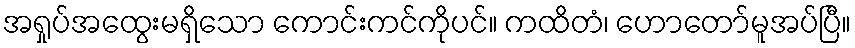
အရှုပ်အထွေးမရှိသော ကောင်းကင်ကိုပင်။ ကထိတံ၊ ဟောတော်မူအပ်ပြီ။